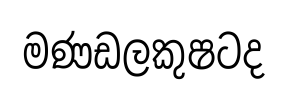
මණඩලකුෂටද